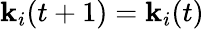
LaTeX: \mathbf{k}_{i}(t+1)=\mathbf{k}_{i}(t)